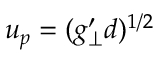
u _ { p } = ( g _ { \perp } ^ { \prime } d ) ^ { 1 / 2 }